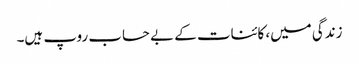
زندگی میں، کائنات کے بے حساب روپ ہیں۔